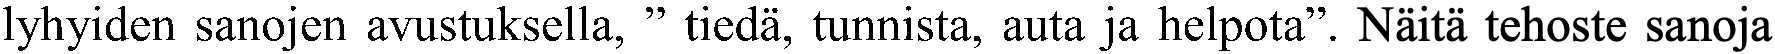
lyhyiden sanojen avustuksella, ” tiedä, tunnista, auta ja helpota”. Näitä tehoste sanoja